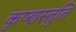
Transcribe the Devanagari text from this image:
कृष्णस्तुति